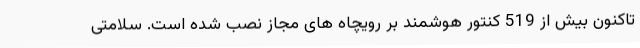
تاکنون بیش از 519 کنتور هوشمند بر رویچاه های مجاز نصب شده است. سلامتی